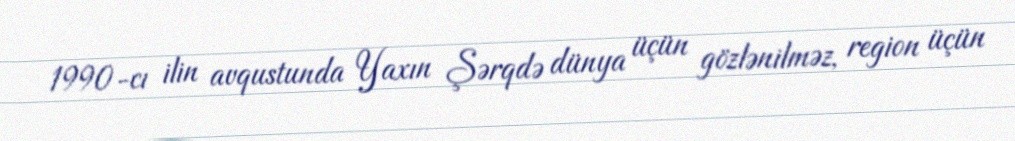
1990-cı ilin avqustunda Yaxın Şərqdə dünya üçün gözlənilməz, region üçün